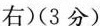
右)(3分)